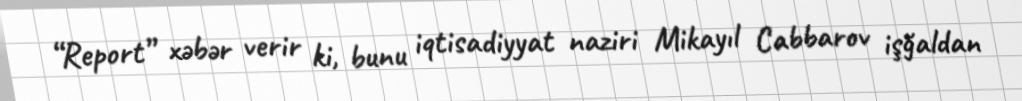
“Report” xəbər verir ki, bunu iqtisadiyyat naziri Mikayıl Cabbarov işğaldan